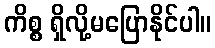
ကိစ္စ ရှိလို့မပြောနိုင်ပါ။